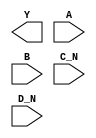
module sky130_fd_sc_ms__nor4bb (
    Y  ,
    A  ,
    B  ,
    C_N,
    D_N
);

    output Y  ;
    input  A  ;
    input  B  ;
    input  C_N;
    input  D_N;

    // Voltage supply signals
    supply1 VPWR;
    supply0 VGND;
    supply1 VPB ;
    supply0 VNB ;

endmodule